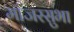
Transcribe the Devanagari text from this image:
मांजरसुभा